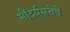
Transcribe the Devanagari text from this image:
सौंदर्यसत्तेचे